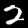
Digit: 2